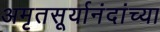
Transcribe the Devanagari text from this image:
अमृतसूर्यानंदांच्या